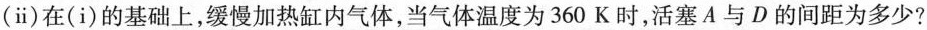
(ⅱ)在(i)的基础上，缓慢加热缸内气体，当气体温度为360K时，活塞A与D的间距为多少?